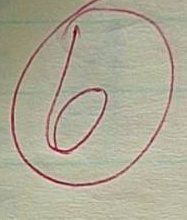
6